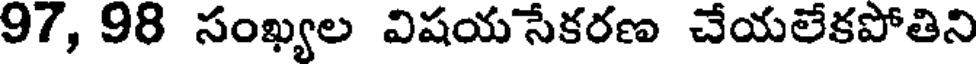
97, 98 సంఖ్యల విషయ సేకరణ చేయలేకపోతిని